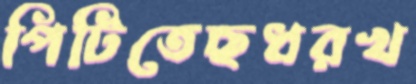
পিটিতেছধরখ